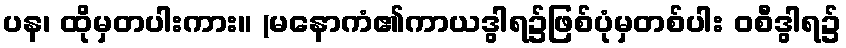
ပန၊ ထိုမှတပါးကား။ (မနောကံ၏ကာယဒွါရ၌ဖြစ်ပုံမှတစ်ပါး ဝစီဒွါရ၌